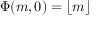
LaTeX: \Phi ( m , 0 ) = \lfloor m \rfloor